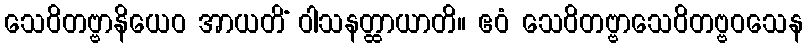
သေဝိတဗ္ဗာနိယေဝ အာယတိံ ဝါသနတ္ထာယာတိ။ ဧဝံ သေဝိတဗ္ဗာသေဝိတဗ္ဗဝသေန